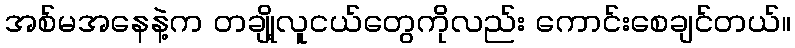
အစ်မအနေနဲ့က တချို့လူငယ်တွေကိုလည်း ကောင်းစေချင်တယ်။